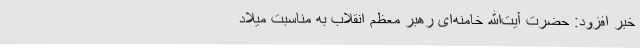
خبر افزود: حضرت آیت‌الله خامنه‌ای رهبر معظم انقلاب به‌ مناسبت میلاد